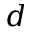
d